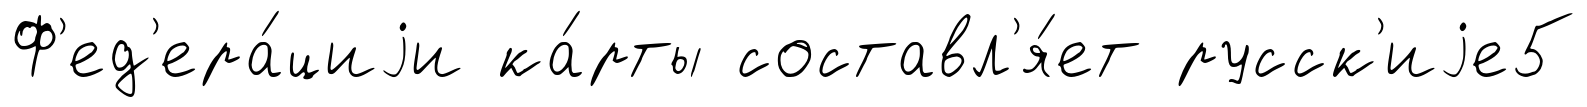
Ф'ед'ера́циjи ка́рты составл'я́ет русск'иjе5